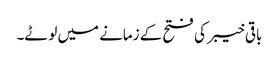
باقی خیبر کی فتح کے زمانے میں لوٹے۔